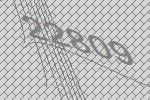
22809